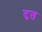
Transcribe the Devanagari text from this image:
दृत